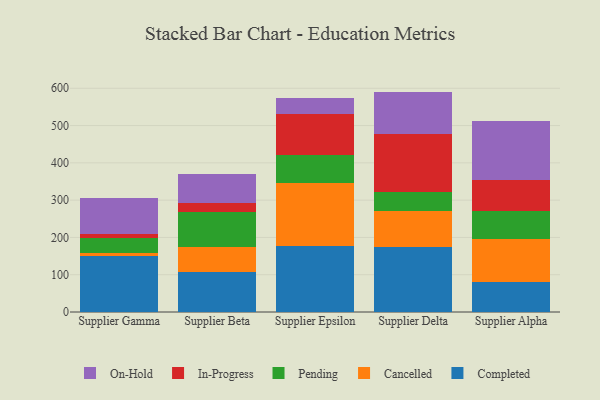
{"axis": {"x": "Supplier", "y": "Churn Rate (%)"}, "legend": ["Cancelled", "Completed", "In-Progress", "On-Hold", "Pending"], "data": [{"x": "Supplier Gamma", "y": 151.1, "type": "Completed"}, {"x": "Supplier Gamma", "y": 6.6, "type": "Cancelled"}, {"x": "Supplier Gamma", "y": 42.0, "type": "Pending"}, {"x": "Supplier Gamma", "y": 9.8, "type": "In-Progress"}, {"x": "Supplier Gamma", "y": 95.0, "type": "On-Hold"}, {"x": "Supplier Beta", "y": 106.6, "type": "Completed"}, {"x": "Supplier Beta", "y": 67.6, "type": "Cancelled"}, {"x": "Supplier Beta", "y": 95.0, "type": "Pending"}, {"x": "Supplier Beta", "y": 24.1, "type": "In-Progress"}, {"x": "Supplier Beta", "y": 75.7, "type": "On-Hold"}, {"x": "Supplier Epsilon", "y": 177.1, "type": "Completed"}, {"x": "Supplier Epsilon", "y": 168.7, "type": "Cancelled"}, {"x": "Supplier Epsilon", "y": 76.4, "type": "Pending"}, {"x": "Supplier Epsilon", "y": 109.2, "type": "In-Progress"}, {"x": "Supplier Epsilon", "y": 43.5, "type": "On-Hold"}, {"x": "Supplier Delta", "y": 174.4, "type": "Completed"}, {"x": "Supplier Delta", "y": 96.2, "type": "Cancelled"}, {"x": "Supplier Delta", "y": 50.3, "type": "Pending"}, {"x": "Supplier Delta", "y": 157.4, "type": "In-Progress"}, {"x": "Supplier Delta", "y": 112.8, "type": "On-Hold"}, {"x": "Supplier Alpha", "y": 80.8, "type": "Completed"}, {"x": "Supplier Alpha", "y": 113.8, "type": "Cancelled"}, {"x": "Supplier Alpha", "y": 77.2, "type": "Pending"}, {"x": "Supplier Alpha", "y": 83.2, "type": "In-Progress"}, {"x": "Supplier Alpha", "y": 158.6, "type": "On-Hold"}]}